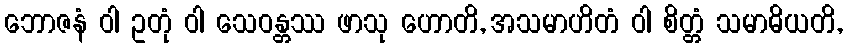
ဘောဇနံ ဝါ ဥတုံ ဝါ သေဝန္တဿ ဖာသု ဟောတိ, အသမာဟိတံ ဝါ စိတ္တံ သမာဓိယတိ,